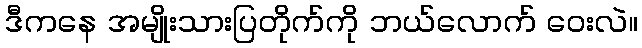
ဒီကနေ အမျိုးသားပြတိုက်ကို ဘယ်လောက် ဝေးလဲ။